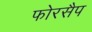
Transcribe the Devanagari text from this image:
फोरसैप